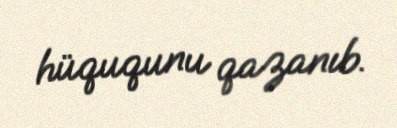
hüququnu qazanıb.